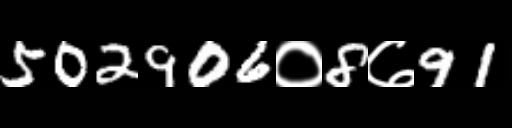
Text: 502906०8७91